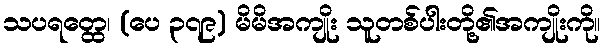
သပရတ္ထေ၊ (ပေ ၃၇၉) မိမိအကျိုး သူတစ်ပါးတို့၏အကျိုးကို။